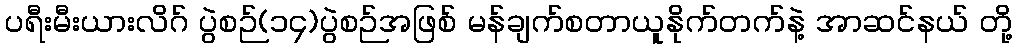
ပရီးမီးယားလိဂ် ပွဲစဉ်(၁၄)ပွဲစဉ်အဖြစ် မန်ချက်စတာယူနိုက်တက်နဲ့ အာဆင်နယ် တို့